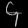
Digit: ၄